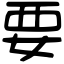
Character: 要